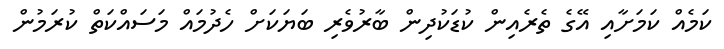
ކަމެއް ކަމަށާއި އޭގެ ތެރެއިން ކުޑަކުދިން ބާރުވެރި ބަޔަކަށް ހެދުމައް މަސައްކަތް ކުރަމުން